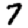
Digit: 7